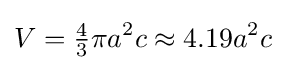
V={\tfrac {4}{3}}\pi a^{2}c\approx 4.19a^{2}c